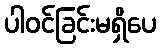
ပါဝင်ခြင်းမရှိပေ